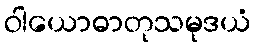
ဝါယောဓာတုသမုဒယံ